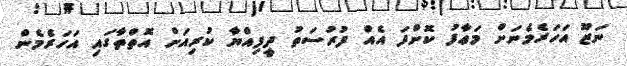
ނަޒޫ އަހަރެމެނަށް މަޢާފު ކޮށްފަ އެއް ފުރުސަތު ދީފިއްޔާ ކުރިއަށް އޮތްތާގައި އަހަރެމެން